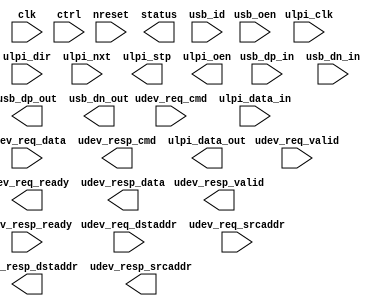
/*****************************************************************************
 * Function: USB Interface
 * Copyright: Lambda Project Authors. All rights Reserved.
 * License:  MIT (see LICENSE file in Lambda repository)
 *
 * Docs:
 *
 ****************************************************************************/
module la_usb #(
    parameter TARGET = "DEFAULT",  // technology target
    parameter RW     = 32,         // register width
    parameter DW     = 128,        // umi packet width
    parameter AW     = 64,         // address width
    parameter CW     = 32          // command width
) (  // basic control signals
    input           clk,                // core clock
    input           nreset,             // active low async reset
    input  [RW-1:0] ctrl,               // free form ctrl inputs
    output [RW-1:0] status,             // free form status outputs
    // UMI access
    input           udev_req_valid,
    input  [CW-1:0] udev_req_cmd,
    input  [AW-1:0] udev_req_dstaddr,
    input  [AW-1:0] udev_req_srcaddr,
    input  [DW-1:0] udev_req_data,
    output          udev_req_ready,
    output          udev_resp_valid,
    output [CW-1:0] udev_resp_cmd,
    output [AW-1:0] udev_resp_dstaddr,
    output [AW-1:0] udev_resp_srcaddr,
    output [DW-1:0] udev_resp_data,
    input           udev_resp_ready,
    // low/full speed
    input           usb_oen,            // output enable for bidir signals
    output          usb_dp_out,         // data output (pos)
    output          usb_dn_out,         // data output (neg)
    input           usb_dp_in,          // data input (pos)
    input           usb_dn_in,          // data input (pos)
    input           usb_id,             // indicates initial usb role for otg
    // ulpi
    input           ulpi_clk,           // clock from PHY
    input           ulpi_dir,           // data direction control from PHY
    input           ulpi_nxt,           // nxt throttle
    output          ulpi_stp,           // end of packet from link
    input  [   7:0] ulpi_data_in,       // data bus
    output [   7:0] ulpi_data_out,
    output          ulpi_oen            // output enable for bidir signals
);



endmodule  // la_usb